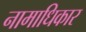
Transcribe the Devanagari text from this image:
नामाधिकार